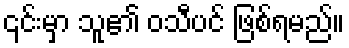
၎င်းမှာ သူ၏ ဝသီပင် ဖြစ်ရမည်။